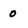
Character: 0